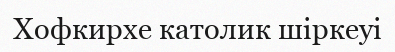
Хофкирхе католик шіркеуі